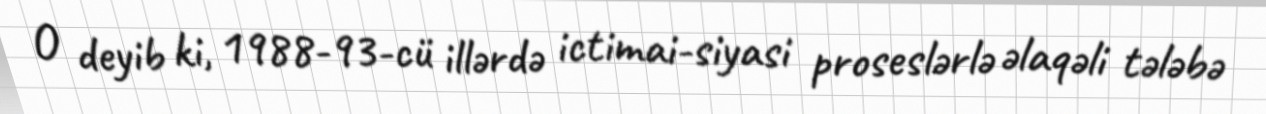
O deyib ki, 1988-93-cü illərdə ictimai-siyasi proseslərlə əlaqəli tələbə